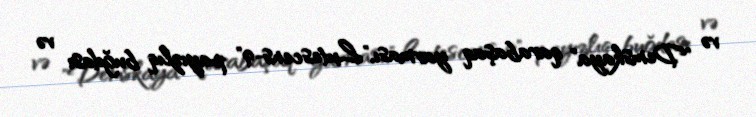
və "Demskaya" qarabaşaq yarması,"Lutescens-9" payızlıq buğdası və